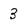
Character: 3